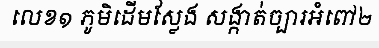
លេខ១ ភូមិដើមស្លែង សង្កាត់ច្បារអំពៅ២